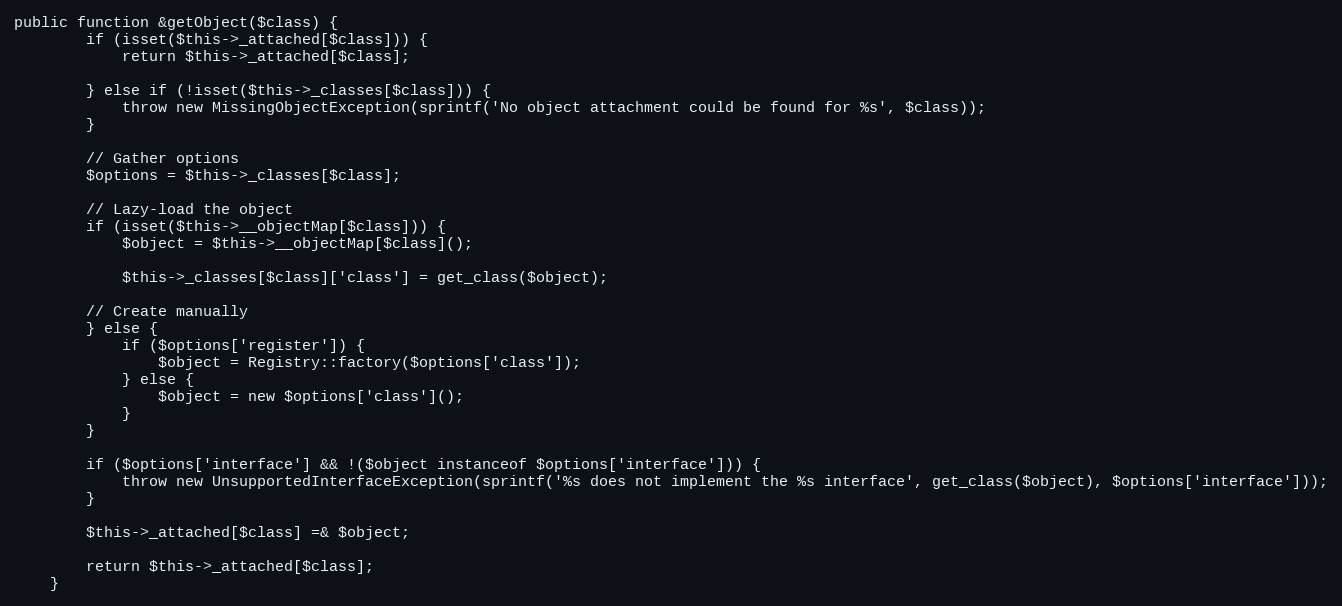
Language: PHP
public function &getObject($class) {
        if (isset($this->_attached[$class])) {
            return $this->_attached[$class];

        } else if (!isset($this->_classes[$class])) {
            throw new MissingObjectException(sprintf('No object attachment could be found for %s', $class));
        }

        // Gather options
        $options = $this->_classes[$class];

        // Lazy-load the object
        if (isset($this->__objectMap[$class])) {
            $object = $this->__objectMap[$class]();

            $this->_classes[$class]['class'] = get_class($object);

        // Create manually
        } else {
            if ($options['register']) {
                $object = Registry::factory($options['class']);
            } else {
                $object = new $options['class']();
            }
        }

        if ($options['interface'] && !($object instanceof $options['interface'])) {
            throw new UnsupportedInterfaceException(sprintf('%s does not implement the %s interface', get_class($object), $options['interface']));
        }

        $this->_attached[$class] =& $object;

        return $this->_attached[$class];
    }